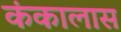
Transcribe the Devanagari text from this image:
कंकालास